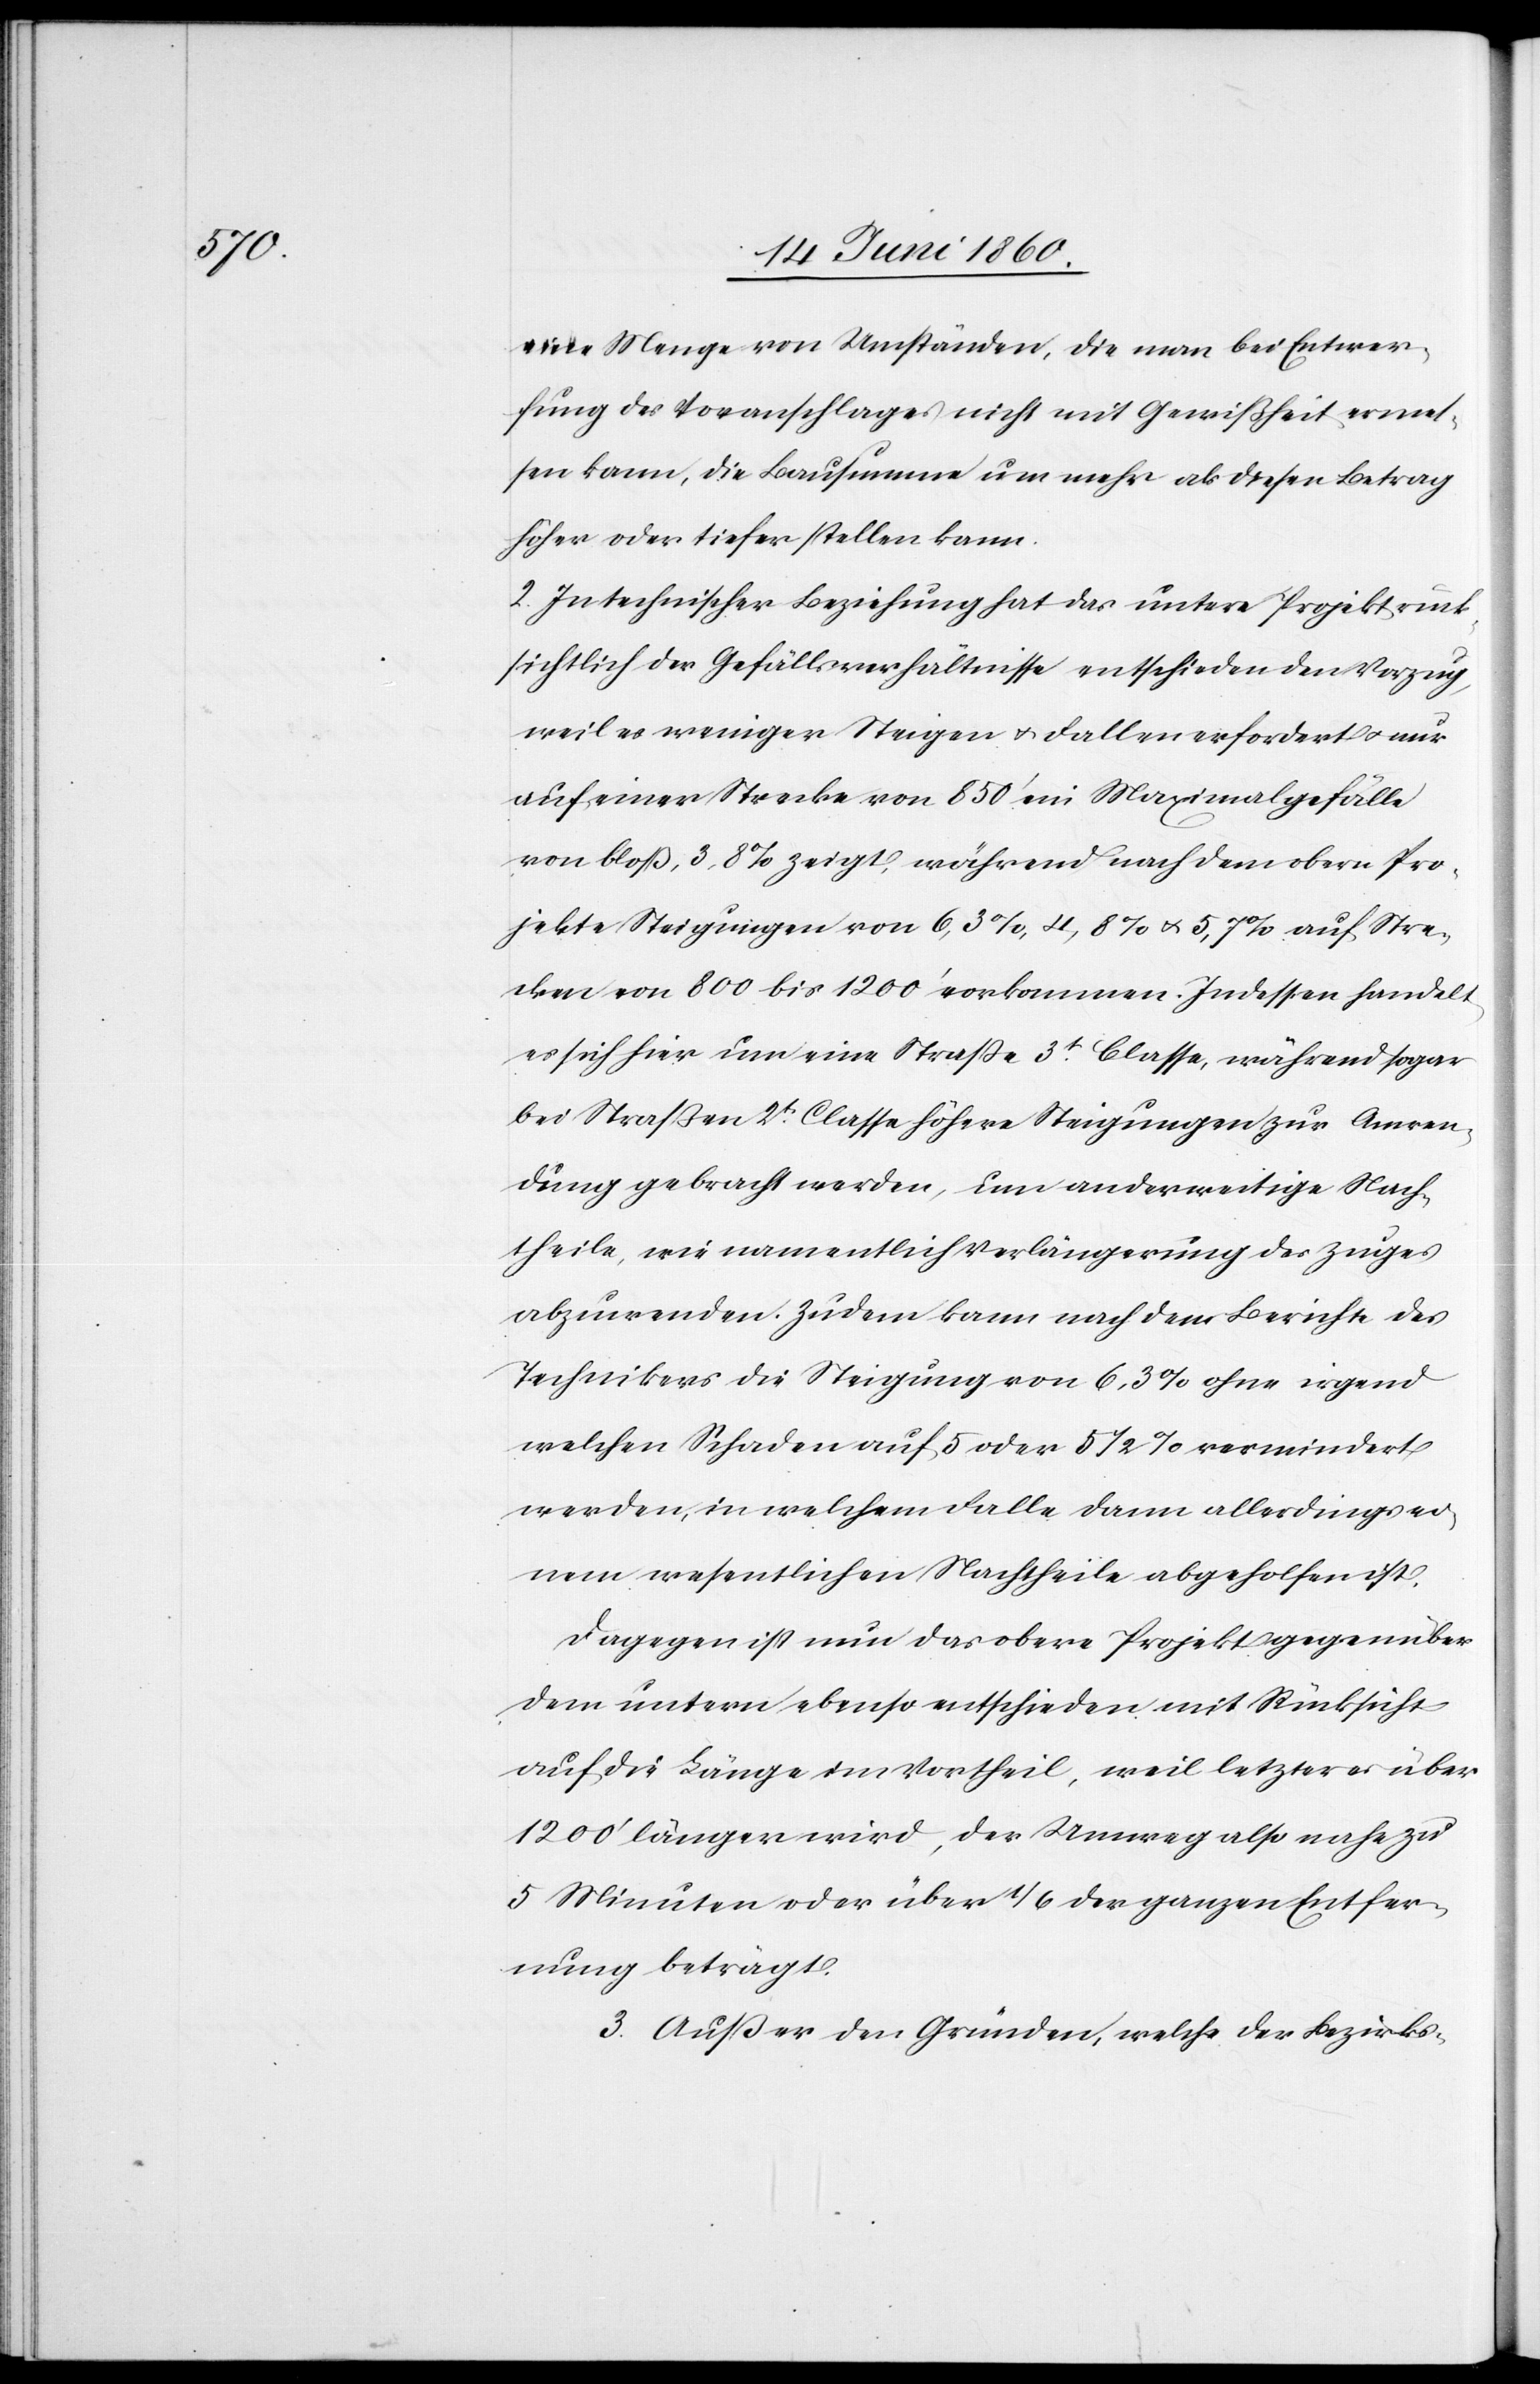
eine Menge von Umständen, die man bei Entwer¬
fung des Voranschlages nicht mit Gewißheit ermes¬
sen kann, die Bausumme um mehr als dieser Betrag
höher oder tiefer stellen kann.
2. In technischer Beziehung hat das untere Projekt rück¬
sichtlich der Gefällsverhältnisse entschieden den Vorzug,
weil es weniger Steigen u. Fallen erfordert u. nur
auf einer Strecke von 850’ ein Maximalgefälle
von bloss 3,8% zeigt, während nach dem obern Pro¬
jekte Steigungen von 6,3%, 4,8% u. 5,7% auf Stre¬
cken von 800 bis 1200’ vorkommen. Indessen handelt
es sich hier um eine Strasse 3t Classe, während sogar
bei Strassen 2tr Classe höhere Steigungen zur Anwen¬
dung gebracht worden, um anderweitige Nach¬
theile, wie namentlich Verlängerung des Zuges
abzuwenden. Zudem kann nach dem Berichte des
Technikers die Steigung von 6,3% ohne irgend
welchen Schaden auf 5 oder 5 1/2 vermindert
werden, in welchem Falle dann allerdings ei¬
nem wesentlichen Nachtheile abgeholfen ist.
Dagegen ist nun das obere Projekt gegenüber
dem untern ebenso entschieden mit Rücksicht
auf die länge im Vortheil, weil letzteres über
1200’ länger wird, der Umweg also nahezu
5 Minuten oder über 1/6 der ganzen Entfer¬
nung beträgt.
3. Ausser den Gründen, welche der Bezirks-